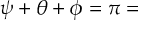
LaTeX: \psi + \theta + \phi = \pi =